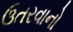
ઉતરવાનો